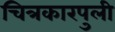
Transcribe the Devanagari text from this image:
चित्रकारपुली